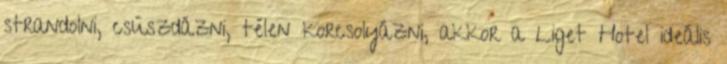
strandolni, csúszdázni, télen korcsolyázni, akkor a Liget Hotel ideális